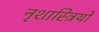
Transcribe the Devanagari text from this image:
नृशास्त्रियों